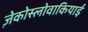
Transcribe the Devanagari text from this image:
ज़ेकोस्लोवाकियाई